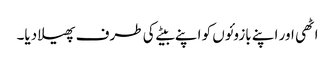
اٹھی اور اپنے بازوئوں کو اپنے بیٹے کی طرف پھیلا دیا۔